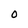
Character: O